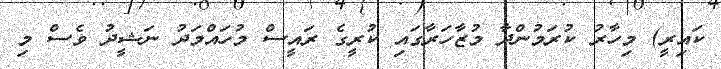
ކައިރީ) މިހާރު ކުރަމުންދާ މުޒާހަރާގައި ކުރީގެ ރައީސް މުހައްމަދު ނަޝީދު ވެސް މި